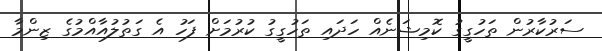
ސަރުކާރުން ތަހުގީގު ކޮމިޝަނެއް ހަދައި ތަހުގީގު ކުރުމަށް ފަހު އެ ގަތުލުއާއްމުގެ ޒިންމާ